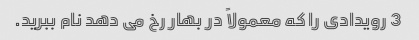
3 رویدادی را که معمولاً در بهار رخ می دهد نام ببرید.